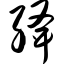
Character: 绛